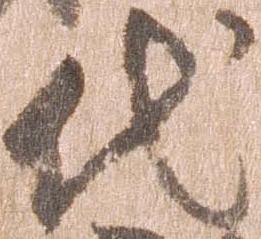
代